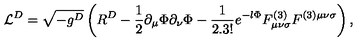
{ \cal L } ^ { D } = \sqrt { - g ^ { D } } \left( R ^ { D } - \frac { 1 } { 2 } \partial _ { \mu } \Phi \partial _ { \nu } \Phi - { \frac { 1 } { 2 . 3 ! } } e ^ { - l \Phi } F _ { \mu \nu \sigma } ^ { ( 3 ) } F ^ { ( 3 ) \mu \nu \sigma } \right) ,